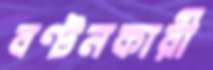
বণ্টনকারী